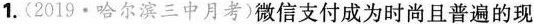
1.(2019·哈尔滨三中月考)微信支付成为时尚且普遍的现